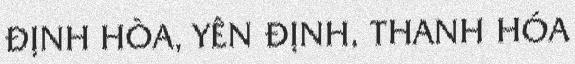
ĐỊNH HÒA, YÊN ĐỊNH, THANH HÓA